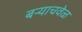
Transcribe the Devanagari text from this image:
बऱ्याचवेळ